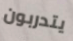
يتدربون